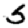
Digit: 5